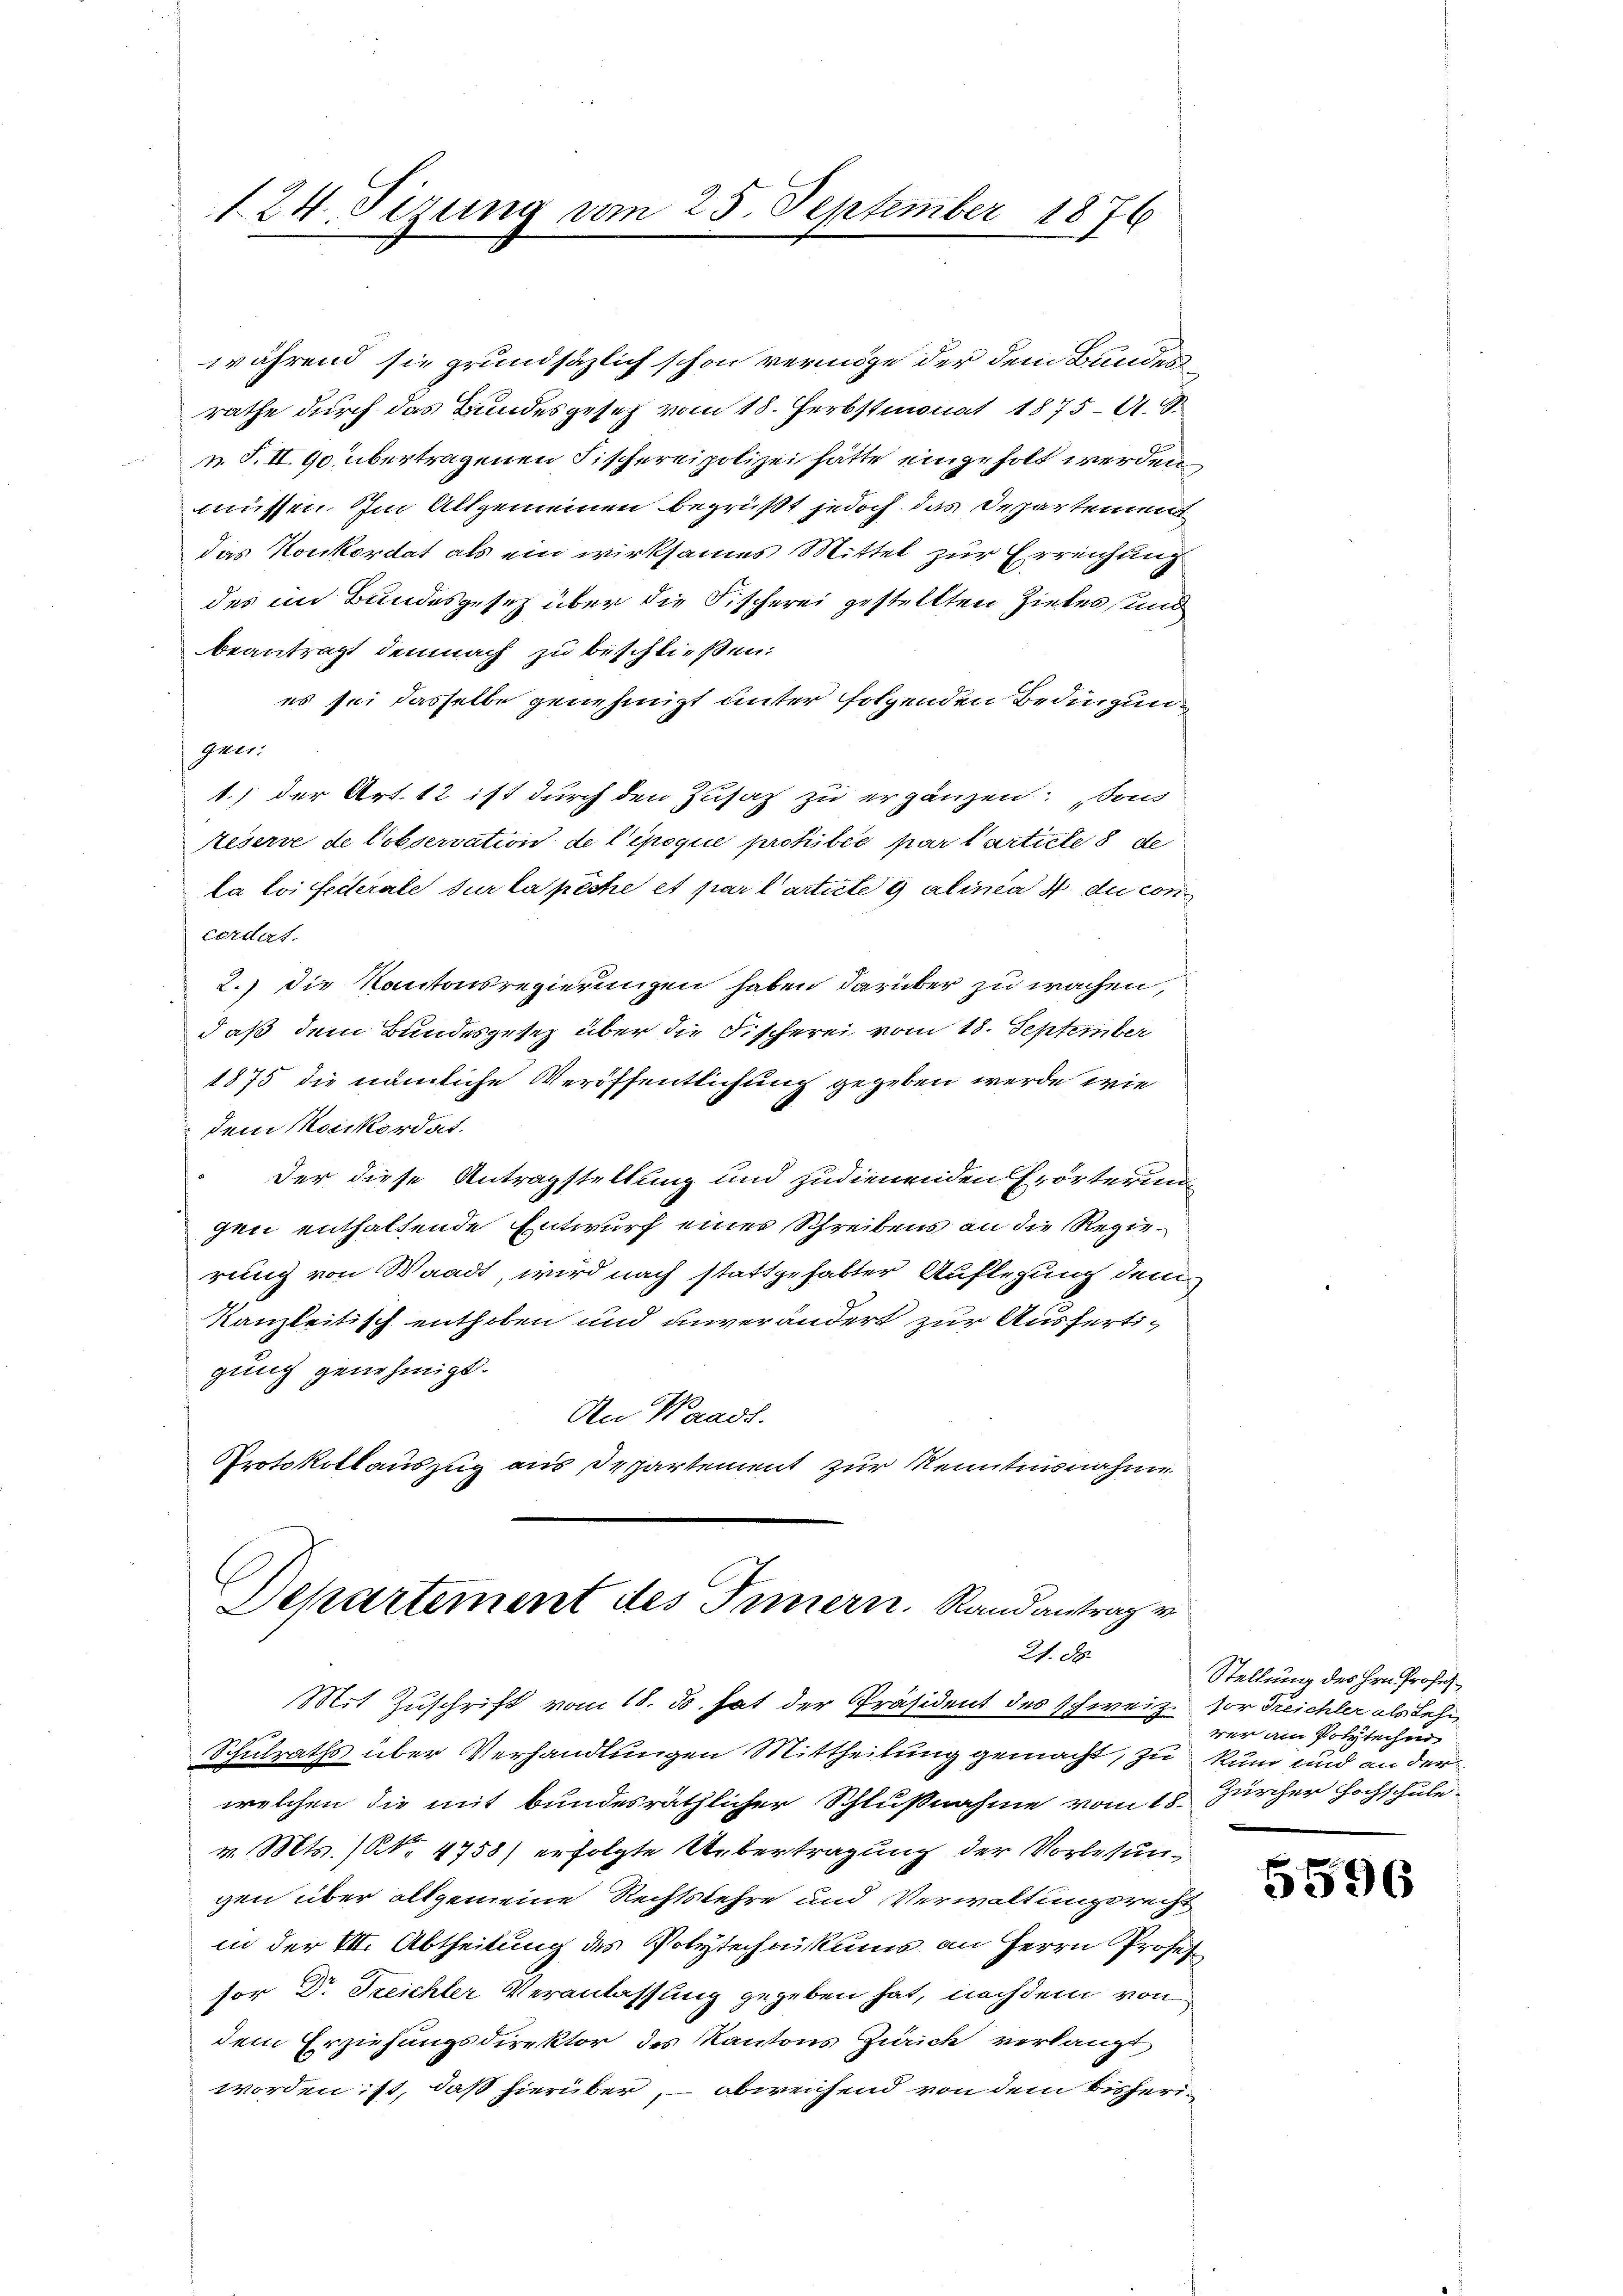
124. Sizung vom 25. September 1876

während sie grundsätzlich schon vermöge der dem Bundesrathe durch das Bundesgesetz vom 18. Herbstmonat 1875 A. S.
 n. F. II. 90 übertragenen Fischereipolizei hätte eingeholt werden,
müssen. Im Allgemeinen begrüßt jedoch das Departement
das Konkordat als ein wirksames Mittel zur Erreichung
des in Bundesgesetz über die Fischerei gestellten Zieles und
beantragt demnach zu beschließen.
es sei dasselbe genehmigt unter folgenden Bedingungeer
1.) der Art. 12 ist durch den Zusatz zu ergänzen: „Sons
teserve de Cobservation de lepogie prohibée par larticle 8 de
la loi fecterale sur la pêche et par l’artirte  alinea 4 du con
cordat.
2.) Die Kantonsregierungen haben darüber zu wachen,
daß dem Bundesgesez über die Fischerei vom 18. September
1875 die nämliche Veröffentlichung gegeben werde, wie
dem Norikordat.
Der diese Antragstellung und zudienenden Erörterung
gen enthaltende Entwurf einer Schreibens an die Regierung von Waadt, wird nach stattgehabter Auflegung dem
Kanzleitisch enthoben und unverändert zur Ausfertigung genehmigt.
An Waadt.
Protokollauszug aus Departement zur Kenntnisnahme

Departement des Innern. Randantrag v
21. d

Mit Zuschrift vom 18. ds. hat der Präsident des schweiz. vor Treichler als Lehn
Schulraths über Verhandlungen Mittheilung gemacht, zu kum und an der
welchen die mit bundesräthlicher Schlußnahme vom 18. Zürcher Hochschule
v. Mts. (N. 4758) erfolgte Uebertragung der Vorlesungen über allgemeine Rechtslehre und Verwaltungsrecht
in der VII. Abtheilung des Polytechnikums an Herrn Professor Dr. Treichler Veranlassung gegeben hat, nach dem von
dem Erziehungsdirektor des Kantons Zürich verlangt
worden ist, daß hierüber, – abweichend von dem Bisheri¬

Stellung des Hrn. Profeswer am Polytechen

5596